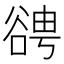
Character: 𧮹